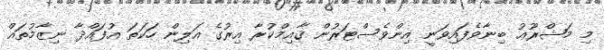
މި މަޝްރޫޢު ބިނާވެފައިވަނީ އިންވެސްޓަރުން ޤާއިމްކުރާ އިރުގެ އަލިން ހަކަތަ އުފައްދާ ނިޒާމުތައް